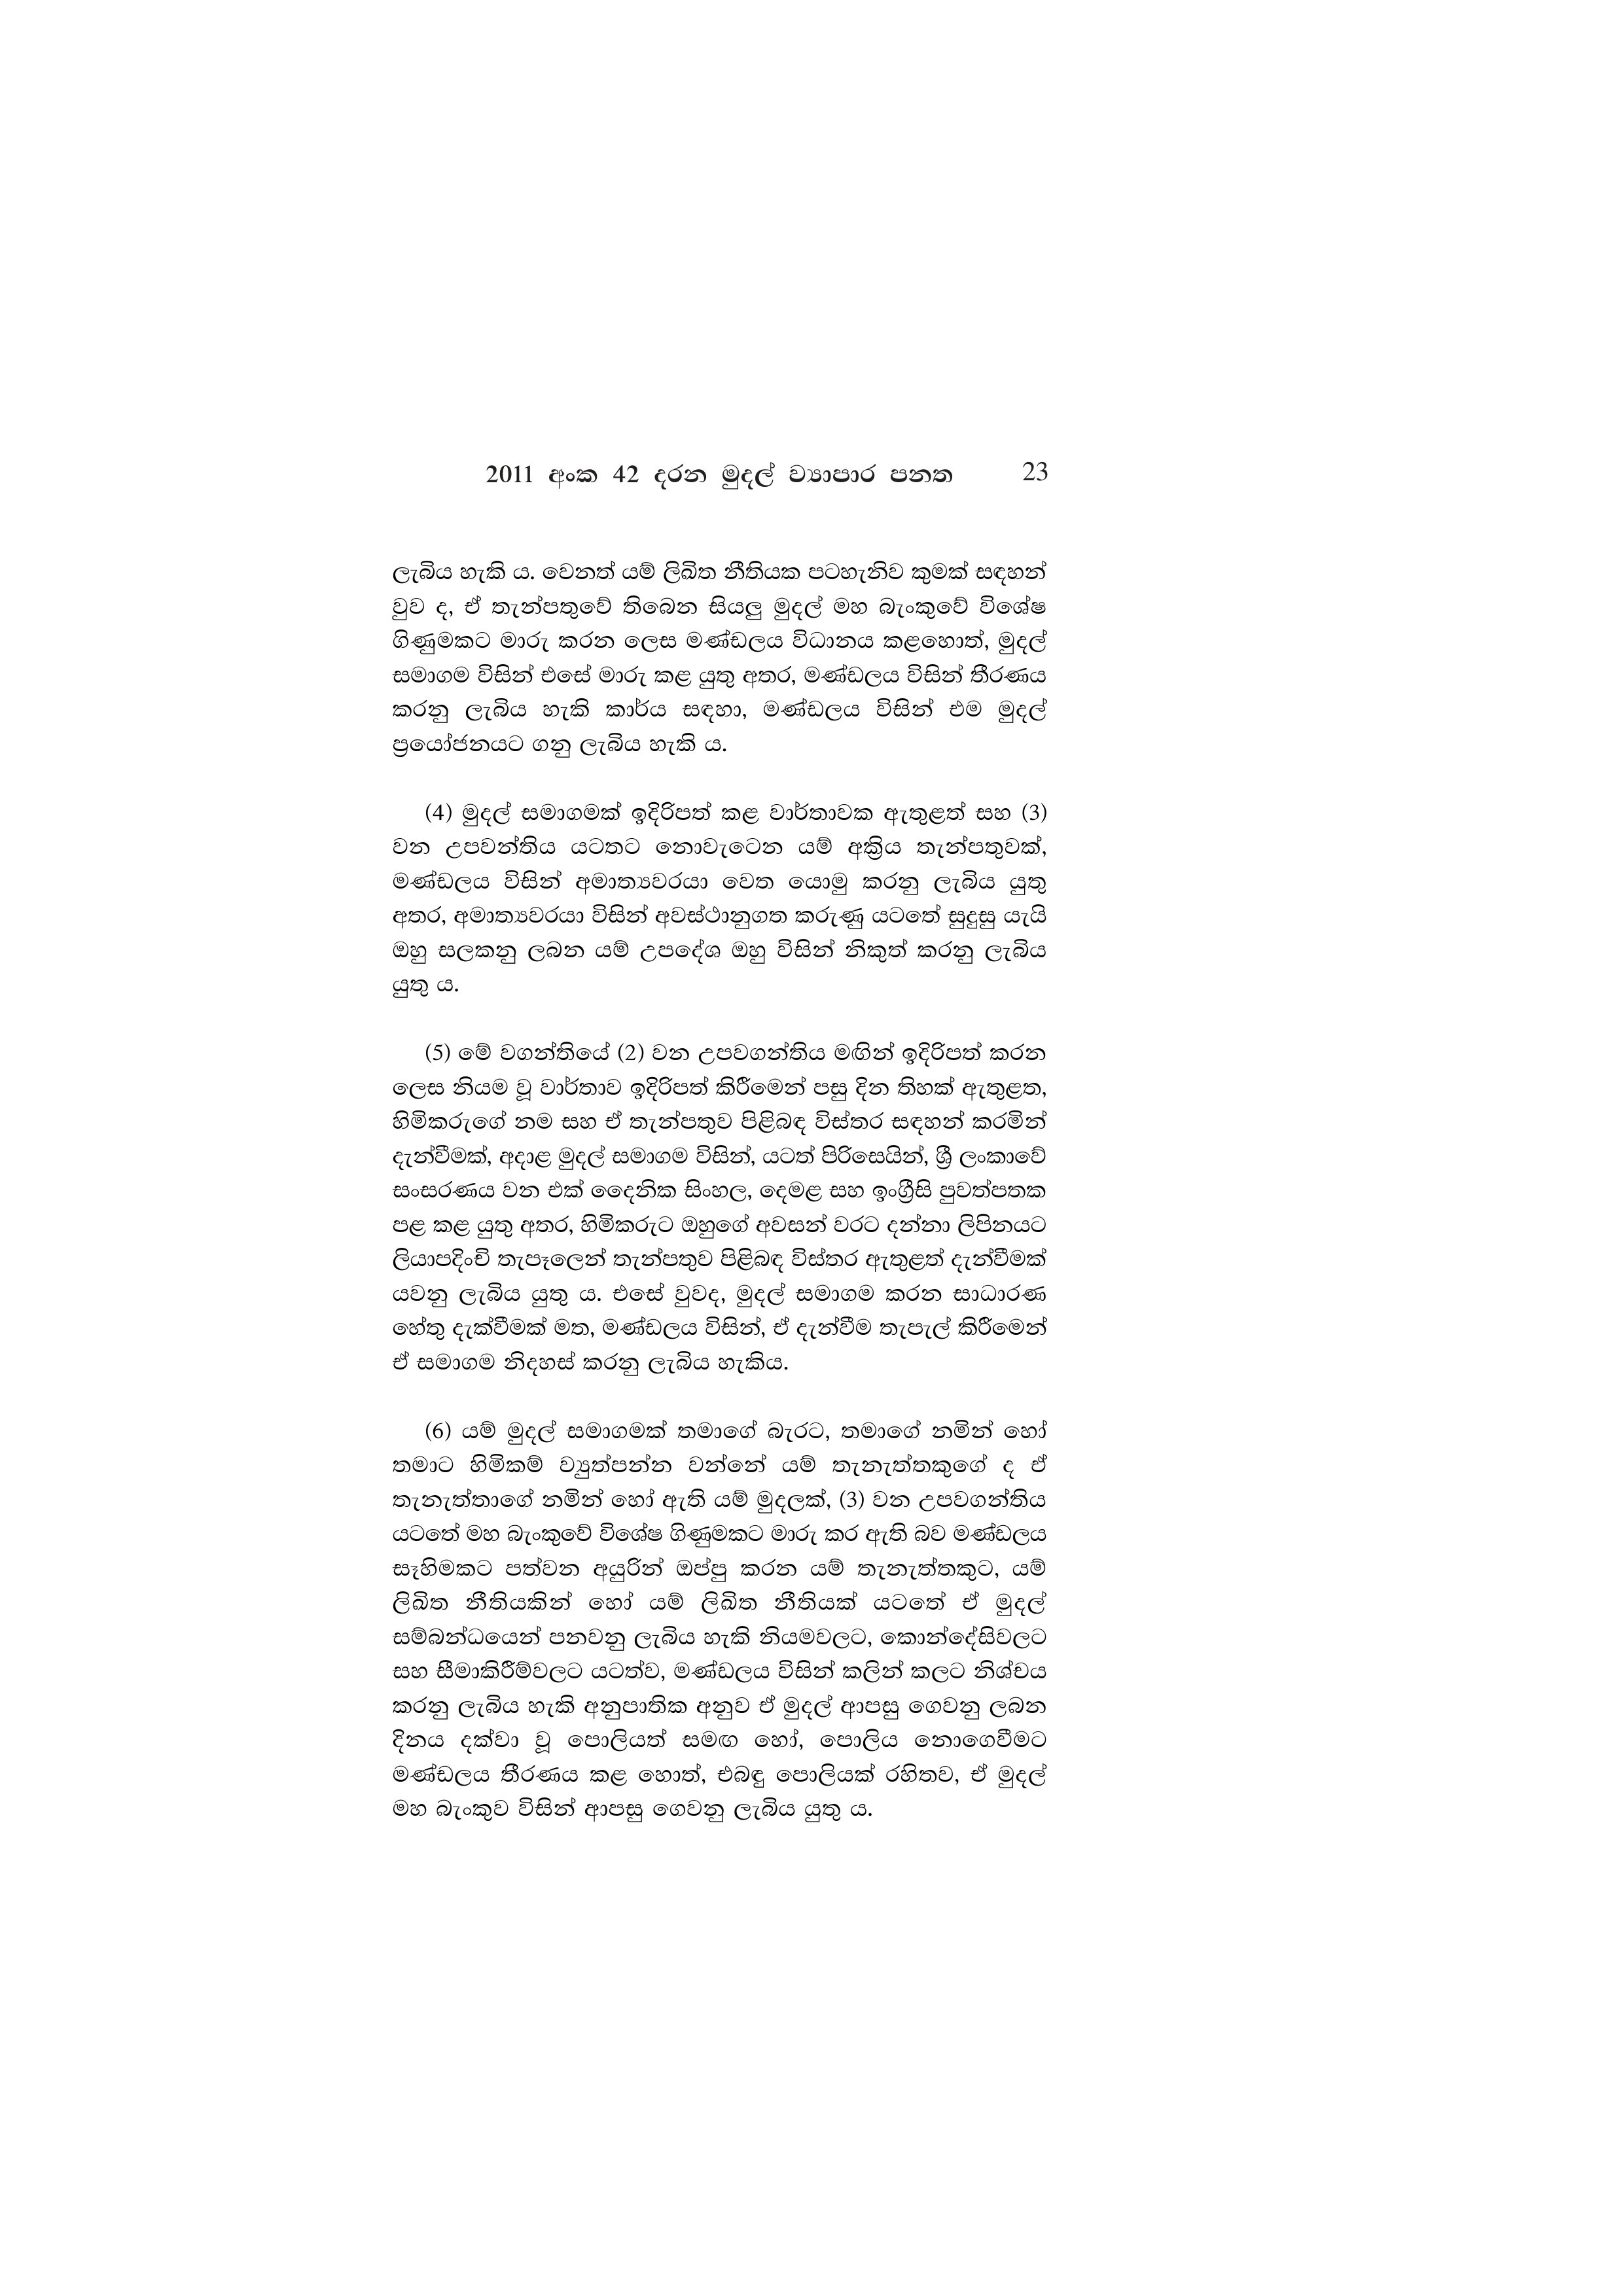
2011 අංක 42 දරන මුදල් ව්‍යාපාර පනත 23

ලැබිය හැකි ය. වෙනත් යම් ලිඛිත නීතියක පටහැනිව කුමක් සඳහන්
වුව ද, ඒ තැන්පතුවේ තිබෙන සියලු මුදල් මහ බැංකුවේ විශේෂ
ගිණුමකට මාරු කරන ලෙස මණ්ඩලය විධානය කළහොත්, මුදල්
සමාගම විසින් එසේ මාරු කළ යුතු අතර, මණ්ඩලය විසින් තීරණය
කරනු ලැබිය හැකි කාර්ය සඳහා, මණ්ඩලය විසින් එම මුදල්
ප්‍රයෝජනයට ගනු ලැබිය හැකි ය.

(4) මුදල් සමාගමක් ඉදිරිපත් කළ වාර්තාවක ඇතුළත් සහ (3)
වන උපවන්තිය යටතට නොවැටෙන යම් අක්‍රිය තැන්පතුවක්,
මණ්ඩලය විසින් අමාත්‍යවරයා වෙත යොමු කරනු ලැබිය යුතු
අතර, අමාත්‍යවරයා විසින් අවස්ථානුගත කරුණු යටතේ සුදුසු යැයි
ඔහු සලකනු ලබන යම් උපදේශ ඔහු විසින් නිකුත් කරනු ලැබිය
යුතු ය.

(5) මේ වගන්තියේ (2) වන උපවගන්තිය මඟින් ඉදිරිපත් කරන
ලෙස නියම වූ වාර්තාව ඉදිරිපත් කිරීමෙන් පසු දින තිහක් ඇතුළත,
හිමිකරුගේ නම සහ ඒ තැන්පතුව පිළිබඳ විස්තර සඳහන් කරමින්
දැන්වීමක්, අදාළ මුදල් සමාගම විසින්, යටත් පිරිසෙයින්, ශ්‍රී ලංකාවේ
සංසරණය වන එක් දෛනික සිංහල, දෙමළ සහ ඉංග්‍රීසි පුවත්පතක
පළ කළ යුතු අතර, හිමිකරුට ඔහුගේ අවසන් වරට දන්නා ලිපිනයට
ලියාපදිංචි තැපෑලෙන් තැන්පතුව පිළිබඳ විස්තර ඇතුළත් දැන්වීමක්
යවනු ලැබිය යුතු ය. එසේ වුවද, මුදල් සමාගම කරන සාධාරණ
හේතු දැක්වීමක් මත, මණ්ඩලය විසින්, ඒ දැන්වීම තැපැල් කිරීමෙන්
ඒ සමාගම නිදහස් කරනු ලැබිය හැකිය.

(6) යම් මුදල් සමාගමක් තමාගේ බැරට, තමාගේ නමින් හෝ
තමාට හිමිකම් ව්‍යුත්පන්න වන්නේ යම් තැනැත්තකුගේ ද ඒ
තැනැත්තාගේ නමින් හෝ ඇති යම් මුදලක්, (3) වන උපවගන්තිය
යටතේ මහ බැංකුවේ විශේෂ ගිණුමකට මාරු කර ඇති බව මණ්ඩලය
සෑහිමකට පත්වන අයුරින් ඔප්පු කරන යම් තැනැත්තකුට, යම්
ලිඛිත නීතියකින් හෝ යම් ලිඛිත නීතියක් යටතේ ඒ මුදල්
සම්බන්ධයෙන් පනවනු ලැබිය හැකි නියමවලට, කොන්දේසිවලට
සහ සීමාකිරීම්වලට යටත්ව, මණ්ඩලය විසින් කලින් කලට නිශ්චය
කරනු ලැබිය හැකි අනුපාතික අනුව ඒ මුදල් ආපසු ගෙවනු ලබන
දිනය දක්වා වූ පොලියත් සමඟ හෝ, පොලිය නොගෙවීමට
මණ්ඩලය තීරණය කළ හොත්, එබඳු පොලියක් රහිතව, ඒ මුදල්
මහ බැංකුව විසින් ආපසු ගෙවනු ලැබිය යුතු ය.